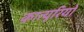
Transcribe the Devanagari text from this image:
कात्यूरियों